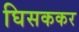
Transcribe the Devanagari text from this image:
घिसककर